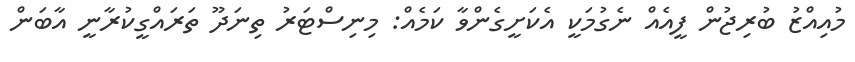
މުއިއްޒު ބުރިޖުން ފީއެއް ނެގުމަކީ އެކަށީގެންވާ ކަމެއް: މިނިސްޓަރު ތިނަދޫ ތަރައްގީކުރާނީ އާބަން